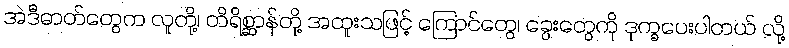
အဲဒီဓာတ်တွေက လူတို့၊ တိရိစ္ဆာန်တို့ အထူးသဖြင့် ကြောင်တွေ၊ ခွေးတွေကို ဒုက္ခပေးပါတယ် လို့